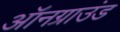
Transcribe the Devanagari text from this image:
ऑनग्राउंड